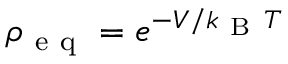
\rho _ { \mathrm { ~ e ~ q ~ } } = e ^ { - V / k _ { \mathrm { ~ B ~ } } T }